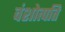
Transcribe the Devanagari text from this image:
वंशोत्पति